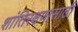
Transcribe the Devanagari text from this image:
शांतिरक्षणासाठी